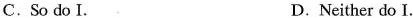
C.So do I. D.Neither do I.